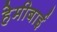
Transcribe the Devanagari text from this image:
हेमीबाई